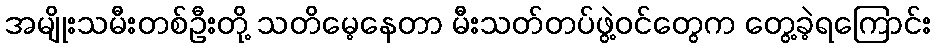
အမျိုးသမီးတစ်ဦးတို့ သတိမေ့နေတာ မီးသတ်တပ်ဖွဲ့ဝင်တွေက တွေ့ခဲ့ရကြောင်း